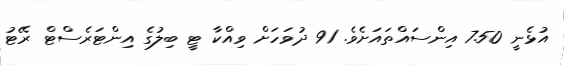
އުޅެނީ 7.50 އިންސައްތައަށެވެ. 91 ދުވަހަށް ވިއްކާ ޓީ ބިލުގެ އިންޓަރެސްޓް ރޭޓު